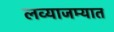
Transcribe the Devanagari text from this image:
लव्याजम्यात